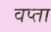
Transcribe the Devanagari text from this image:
वप्ता